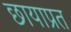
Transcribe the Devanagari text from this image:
छायाप्रत